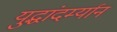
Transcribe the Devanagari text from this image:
युद्धांदर्म्यान